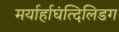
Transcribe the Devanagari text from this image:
मर्यार्हाघंत्दिलिडग